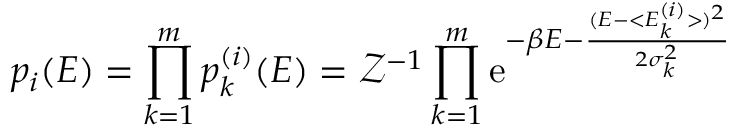
p _ { i } ( E ) = \prod _ { k = 1 } ^ { m } p _ { k } ^ { ( i ) } ( E ) = \mathcal { Z } ^ { - 1 } \prod _ { k = 1 } ^ { m } \mathrm { e } ^ { - \beta E - \frac { ( E - < E _ { k } ^ { ( i ) } > ) ^ { 2 } } { 2 \sigma _ { k } ^ { 2 } } }